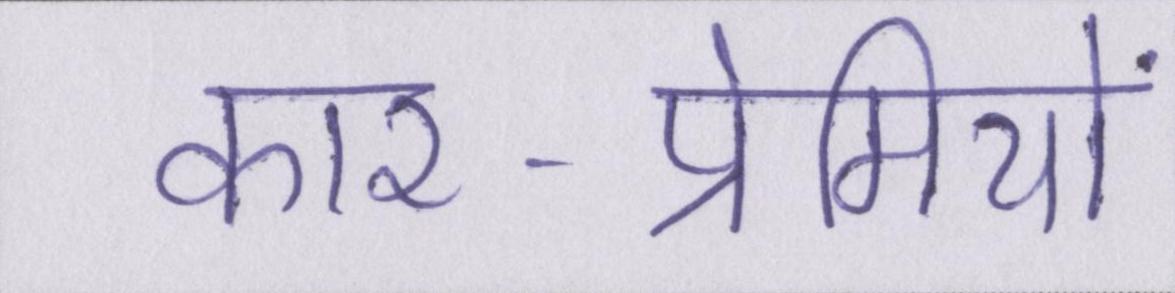
कार-प्रेमियों